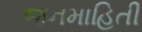
જનમાહિતી